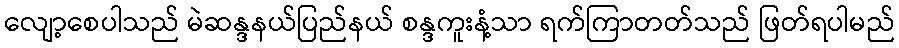
လျော့စေပါသည် မဲဆန္ဒနယ်ပြည်နယ် စန္ဒကူးနံ့သာ ရက်ကြာတတ်သည် ဖြတ်ရပါမည်